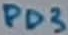
Text: PD3